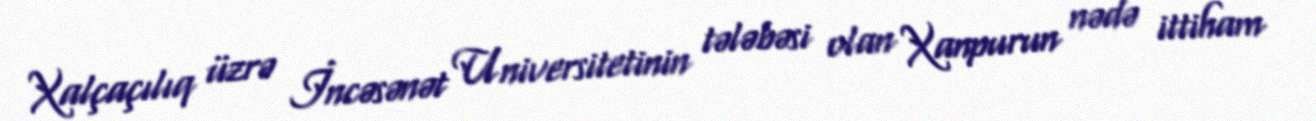
Xalçaçılıq üzrə İncəsənət Universitetinin tələbəsi olan Xanpurun nədə ittiham